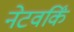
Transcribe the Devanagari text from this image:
नेटवर्किं